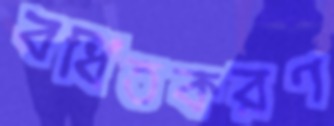
বর্ধিতকরণ